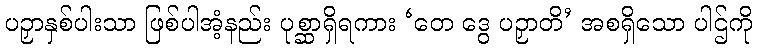
ပဉှာနှစ်ပါးသာ ဖြစ်ပါအံ့နည်း ပုစ္ဆာရှိရကား ‘တေ ဒွေ ပဉှာတိ’ အစရှိသော ပါဌ်ကို